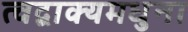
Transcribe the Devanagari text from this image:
त्वद्वाक्यमधुना